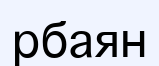
рбаян